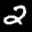
Label: 2